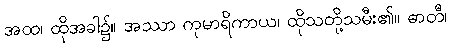
အထ၊ ထိုအခါ၌။ အဿာ ကုမာရိကာယ၊ ထိုသတို့သမီး၏။ ဓာတီ၊